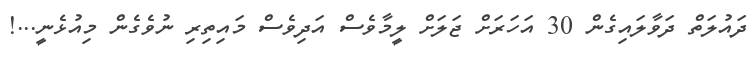
ދައުލަތް ދަވާލައިގެން 30 އަހަރަށް ޖަލަށް ލީމާވެސް އަދިވެސް މައިތިރި ނުވެގެން މިއުޅެނީ...!